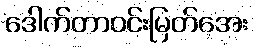
ဒေါက်တာဝင်းမြတ်အေး